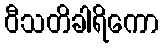
ဝီသတိခါရိကော